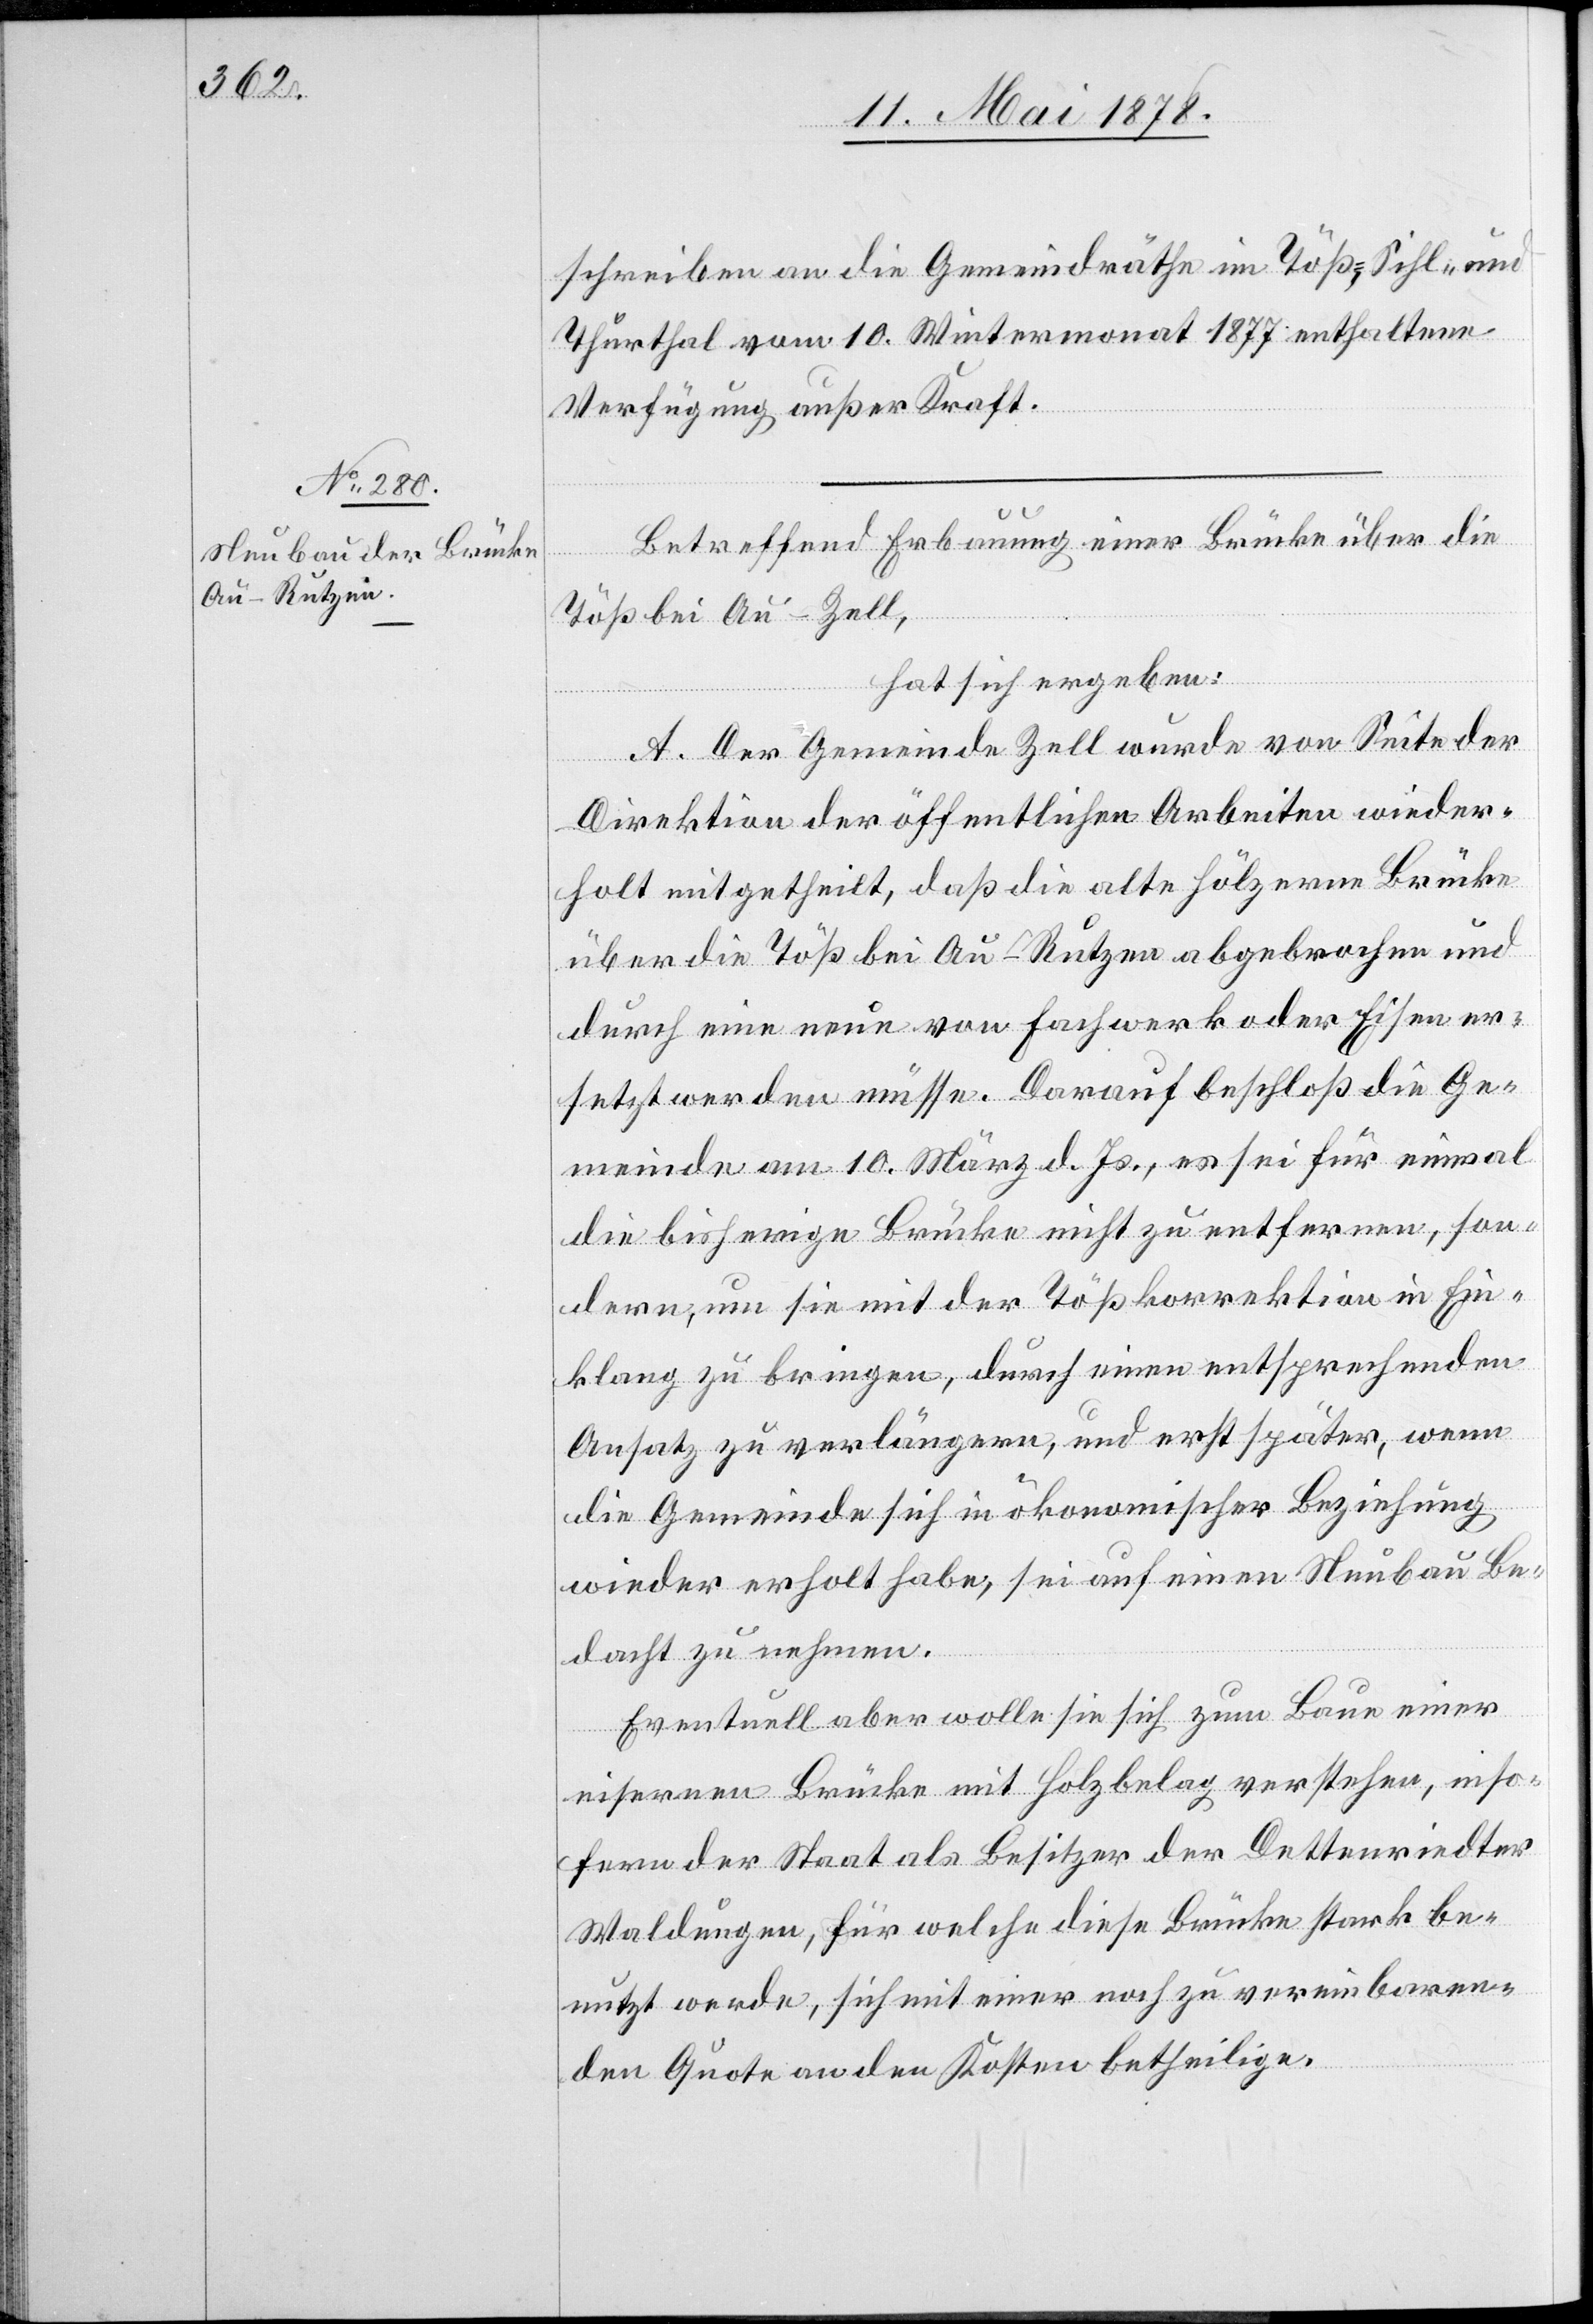
schreiben an die Gemeindräthe im Töß-, Sihl- und
Thurthal vom 10. Wintermonat 1877 enthaltene
Verfügung ausser Kraft.
Betreffend Erbauung einer Brücke über die
Töß bei Au - Zell,
hat sich ergeben:
A. Der Gemeinde Zell wurde von Seite der
Direktion der öffentlichen Arbeiten wieder¬
holt mitgetheilt, daß die alte hölzerne Brücke
über die Töß bei Au - Rutzen abgebrochen und
durch eine neue von Fachwerk oder Eisen er¬
setzt werden müsse. Darauf beschloß die Ge¬
meinde am 10. März d. Js. es sei für einmal
die bisherige Brücke nicht zu entfernen, son¬
dern, um sie mit der Tößkorrektion in Ein¬
klang zu bringen, durch einen entsprechenden
Ansatz zu verlängern, und erst später, wenn
die Gemeinde sich in ökonomischer Beziehung
wieder erholt habe, sei auf einen Neubau Be¬
dacht zu nehmen.
Eventuell aber wolle sie sich zum Bau einer
eisernen Brücke mit Holzbeleg verstehen, inso¬
fern der Staat als Besitzer der Dettenriedter
Waldungen, für welche diese Brücke stark be¬
nutzt werde, sich mit einer noch zu vereinbaren¬
den Quote an den Kosten betheilige.